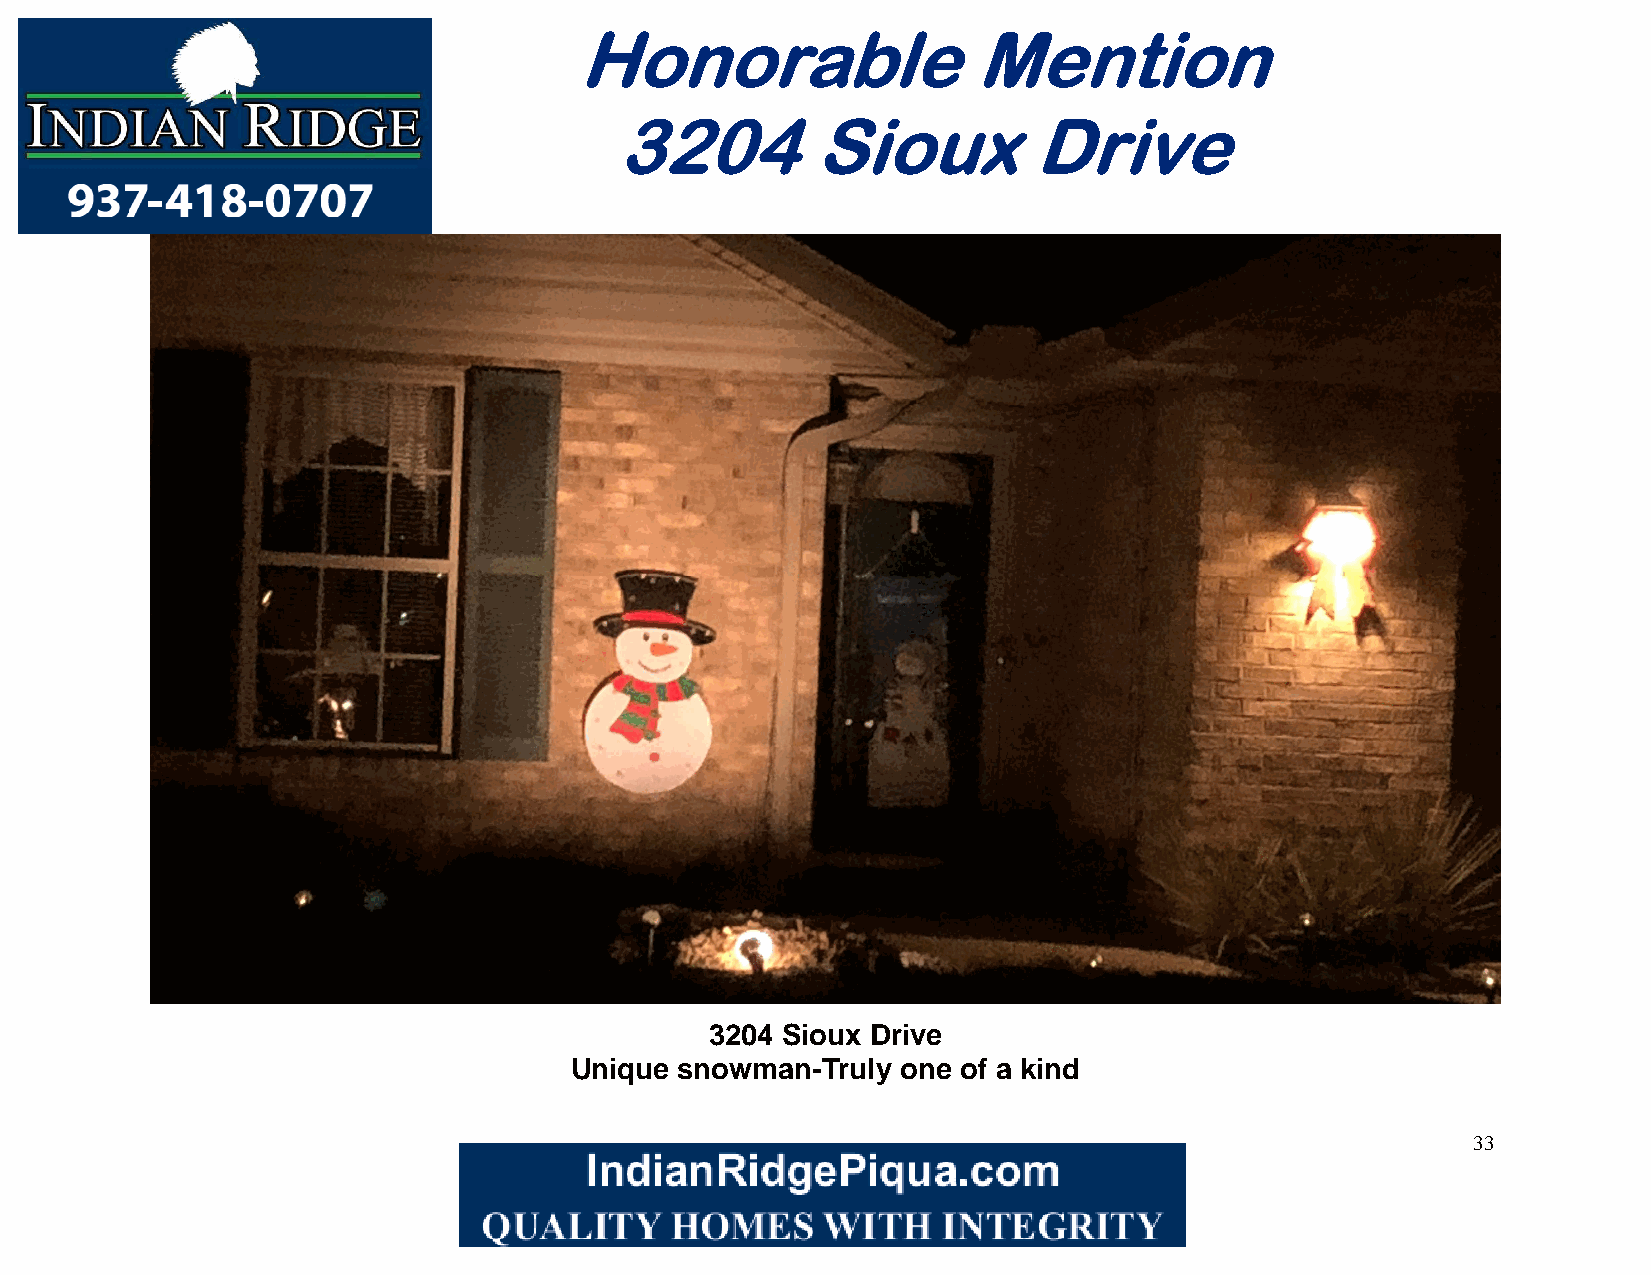
Honorable                 Mention
 3204         Sioux         Drive
 3204 Sioux Drive
 Unique snowman-Truly  one of a kind
 33